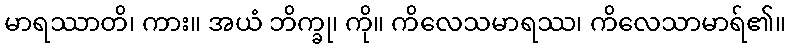
မာရဿာတိ၊ ကား။ အယံ ဘိက္ခု၊ ကို။ ကိလေသမာရဿ၊ ကိလေသာမာရ်၏။